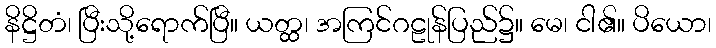
နိဋ္ဌိတံ၊ ပြီးသို့ရောက်ပြီ။ ယတ္ထ၊ အကြင်ဂဠုန်ပြည်၌။ မေ၊ ငါ၏။ ပိယော၊